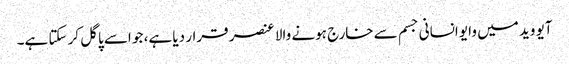
آیو وید میں وایو انسانی جسم سے خارج ہونے والا عنصر قرار دیا ہے، جو اسے پاگل کر سکتا ہے۔